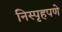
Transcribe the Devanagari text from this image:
निस्पृहपणे